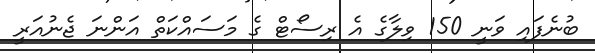
ބުނެފައި ވަނީ 150 ވިލާގެ އެ ރިސޯޓް ގެ މަސައްކަތް އަންނަ ޖެނުއަރީ